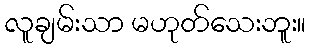
လူချမ်းသာ မဟုတ်သေးဘူး။